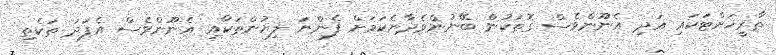
ތާރީޚަށްޓަކައި އަދި އެނޫންވެސް ގޮތަކުން ބޭނުންވެދާނެކަމަށް ފެންނަ ލިޔުންތަކާއި އެނޫންވެސް އެފަދަ ތަކެތި